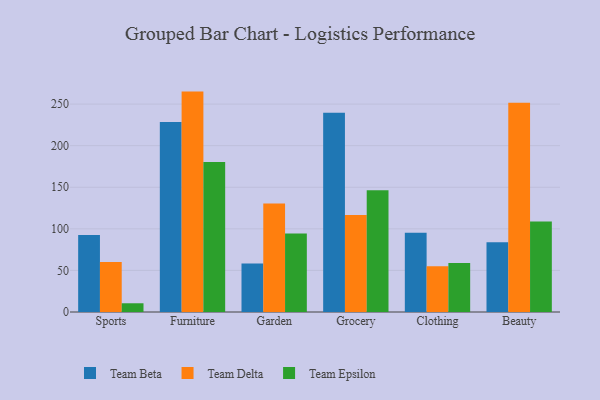
{"axis": {"x": "Category", "y": "Revenue (USD Million)"}, "legend": ["Team Beta", "Team Delta", "Team Epsilon"], "data": [{"x": "Sports", "y": 92.6, "type": "Team Beta"}, {"x": "Sports", "y": 60.1, "type": "Team Delta"}, {"x": "Sports", "y": 10.5, "type": "Team Epsilon"}, {"x": "Furniture", "y": 228.3, "type": "Team Beta"}, {"x": "Furniture", "y": 265.0, "type": "Team Delta"}, {"x": "Furniture", "y": 180.3, "type": "Team Epsilon"}, {"x": "Garden", "y": 58.3, "type": "Team Beta"}, {"x": "Garden", "y": 130.5, "type": "Team Delta"}, {"x": "Garden", "y": 94.3, "type": "Team Epsilon"}, {"x": "Grocery", "y": 239.6, "type": "Team Beta"}, {"x": "Grocery", "y": 116.7, "type": "Team Delta"}, {"x": "Grocery", "y": 146.3, "type": "Team Epsilon"}, {"x": "Clothing", "y": 95.3, "type": "Team Beta"}, {"x": "Clothing", "y": 54.9, "type": "Team Delta"}, {"x": "Clothing", "y": 58.8, "type": "Team Epsilon"}, {"x": "Beauty", "y": 84.0, "type": "Team Beta"}, {"x": "Beauty", "y": 251.6, "type": "Team Delta"}, {"x": "Beauty", "y": 108.8, "type": "Team Epsilon"}]}